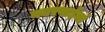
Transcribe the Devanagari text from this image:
कारवाईयां